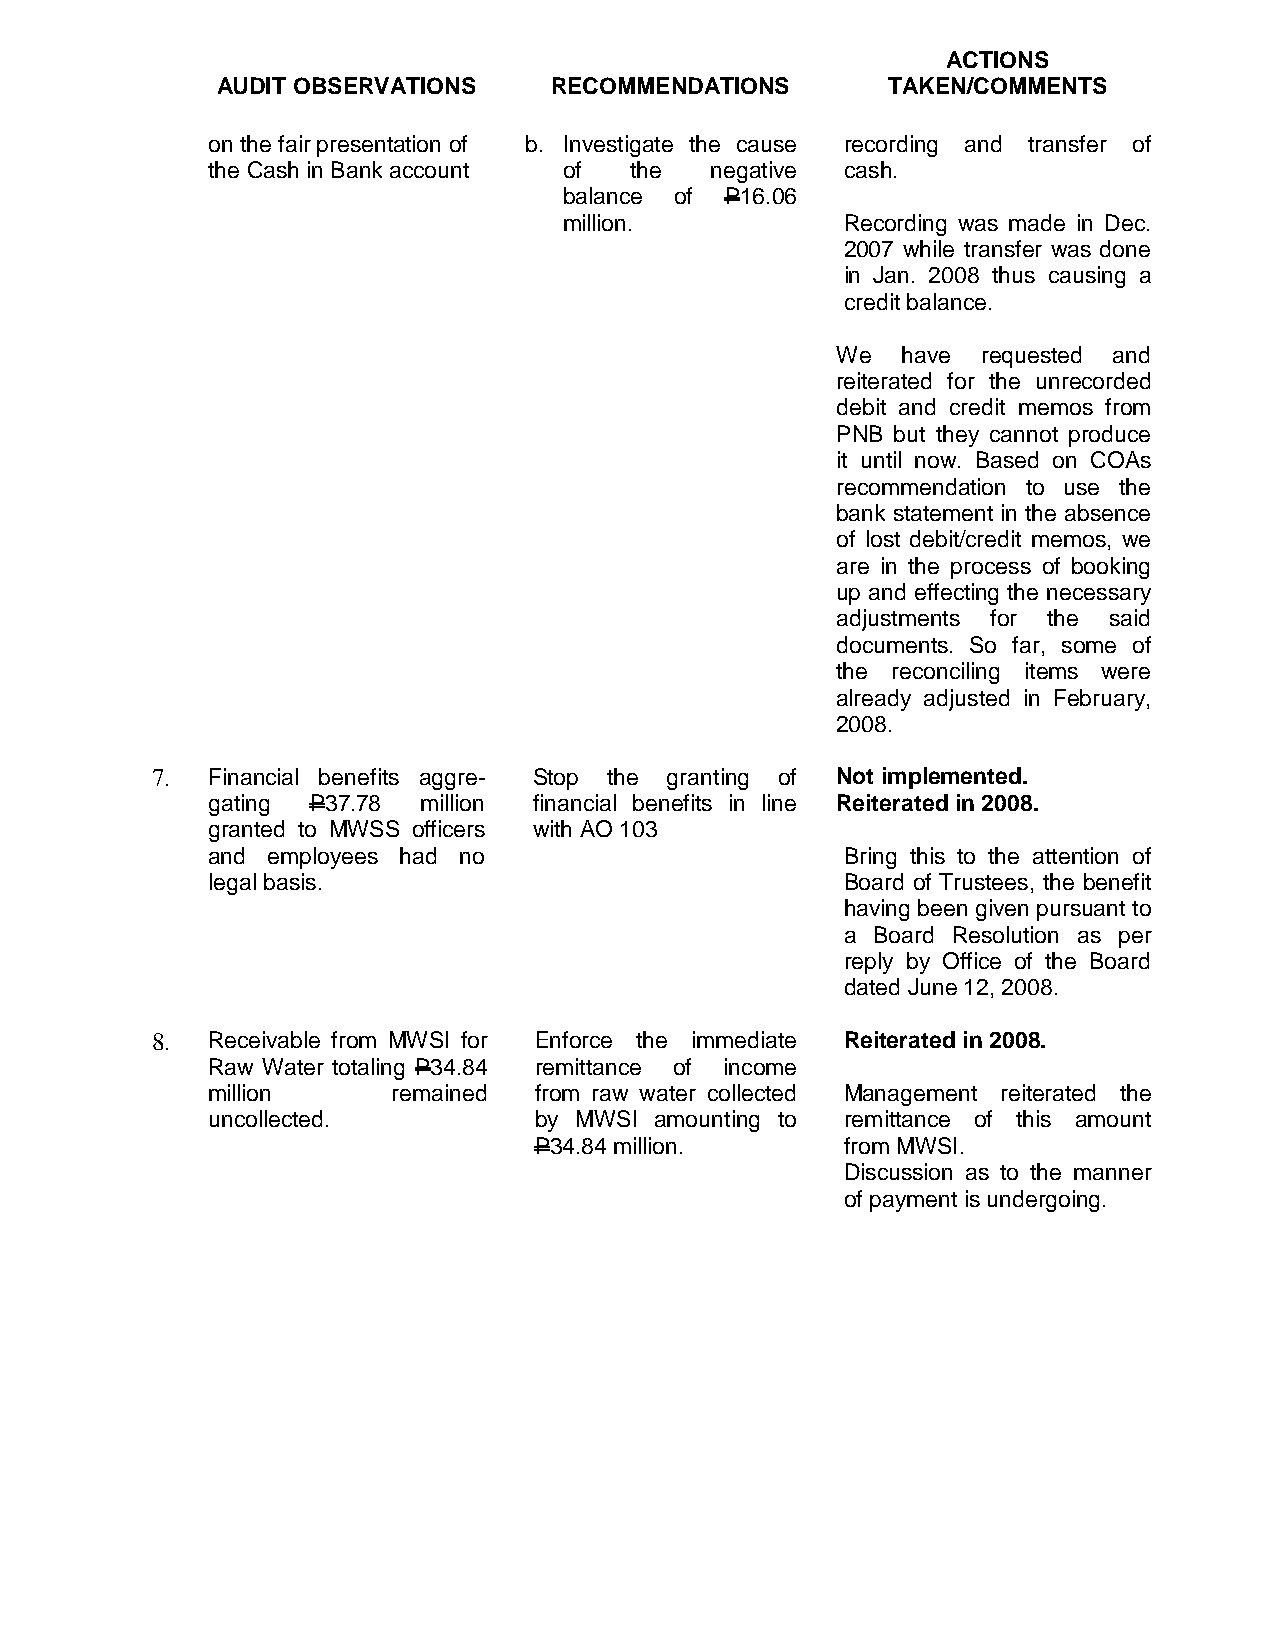
ACTIONS
 AUDIT OBSERVATIONS    RECOMMENDATIONS        TAKEN/COMMENTS
 on the fair presentation of b. Investigate the cause recording and transfer of
 the Cash in Bank account of the  negative cash.
 balance of P16.06
 million.           Recording was made in Dec.
 2007 while transfer was done
 in Jan. 2008 thus causing a
 credit balance.
 We   have requested and
 reiterated for the unrecorded
 debit and credit memos from
 PNB but they cannot produce
 it until now. Based on COAs
 recommendation to use the
 bank statement in the absence
 of lost debit/credit memos, we
 are in the process of booking
 up and effecting the necessary
 adjustments for the said
 documents. So far, some of
 the reconciling items were
 already adjusted in February,
 2008.
 7.  Financial benefits aggre- Stop the granting of Not implemented.
 gating P37.78 million financial benefits in line Reiterated in 2008.
 granted to MWSS officers with AO 103
 and employees had no                      Bring this to the attention of
 legal basis.                              Board of Trustees, the benefit
 having been given pursuant to
 a Board Resolution as per
 reply by Office of the Board
 dated June 12, 2008.
 8.  Receivable from MWSI for Enforce the immediate Reiterated in 2008.
 Raw Water totaling P34.84 remittance of income
 million     remained from raw water collected Management reiterated the
 uncollected.         by MWSI amounting to remittance of this amount
 P34.84 million.      from MWSI.
 Discussion as to the manner
 of payment is undergoing.